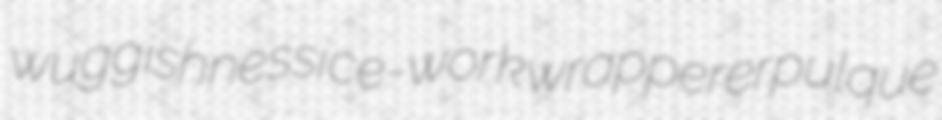
wuggishness ice-work wrapperer pulque